Senior Leaving Certificate Examination (including Day School Certificate (Higher) General paper), 1949
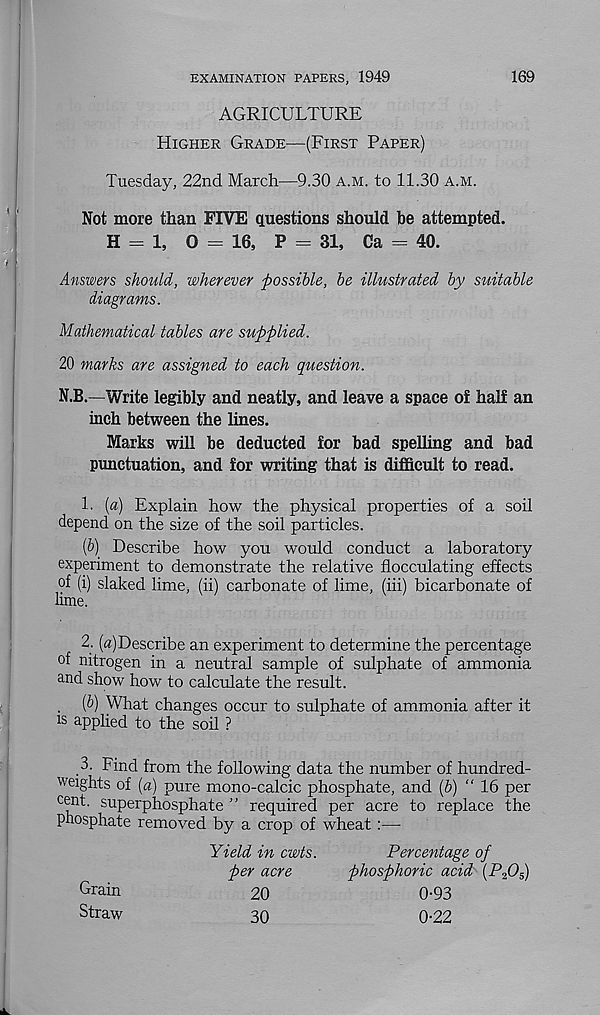
EXAMINATION PAPERS, 1949
169
AGRICULTURE
Higher Grade—(First Paper)
Tuesday, 22nd March—9.30 a.m. to 11.30 a.m.
Not more than FIVE questions should he attempted.
H = 1, 0 = 16, P = 31, Ca = 40.
Answers should, wherever possible, be illustrated by suitable
diagrams.
Mathematical tables are supplied.
20 marks are assigned to each question.
N.B.—Write legibly and neatly, and leave a space of half an
inch between the lines.
Marks will be deducted for bad spelling and bad
punctuation, and for writing that is difficult to read.
1. (a) Explain how the physical properties of a soil
depend on the size of the soil particles.
(&) Describe how you would conduct a laboratory
experiment to demonstrate the relative flocculating effects
of (i) slaked lime, (ii) carbonate of lime, (iii) bicarbonate of
lime.
2. (a) Describe an experiment to determine the percentage
of nitrogen in a neutral sample of sulphate of ammonia
and show how to calculate the result.
(&) What changes occur to sulphate of ammonia after it
15 applied to the soil ?
3. Find from the following data the number of hundred-
weights of [a) pure mono-calcic phosphate, and (b) “ 16 per
cent, superphosphate ” required per acre to replace the
phosphate removed by a crop of wheat :—
Yield in cwts.
per acre
Percentage of
phosphoric acid (P 2 0 5 )
Grain
Straw
20
30
0-93
0-22